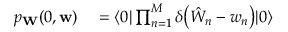
\begin{array} { r l } { p _ { \mathbf { W } } ( 0 , \mathbf { w } ) } & { { } = \langle 0 | \prod _ { n = 1 } ^ { M } \delta \bigl ( \hat { W } _ { n } - w _ { n } \bigr ) | 0 \rangle } \end{array}